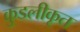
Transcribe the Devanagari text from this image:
कुडलीकृत